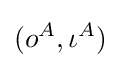
(o^{A},\iota ^{A})